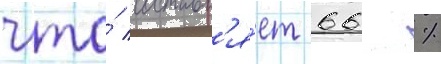
что́ составл'я́ет 66 %